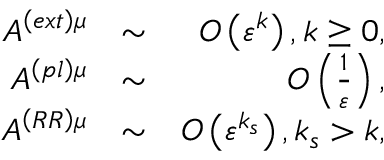
\begin{array} { r l r } { A ^ { \left( e x t \right) \mu } } & { \sim } & { O \left( \varepsilon ^ { k } \right) , k \geq 0 , } \\ { A ^ { \left( p l \right) \mu } } & { \sim } & { O \left( \frac { 1 } { \varepsilon } \right) , } \\ { A ^ { \left( R R \right) \mu } } & { \sim } & { O \left( \varepsilon ^ { k _ { s } } \right) , k _ { s } > k , } \end{array}